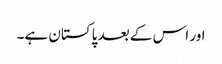
اور اس کے بعد پاکستان ہے۔